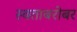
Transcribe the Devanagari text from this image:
स्वताबरोबर